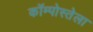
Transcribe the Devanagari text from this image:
कॉम्पोस्तेला